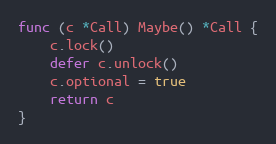
Language: Go
func (c *Call) Maybe() *Call {
	c.lock()
	defer c.unlock()
	c.optional = true
	return c
}